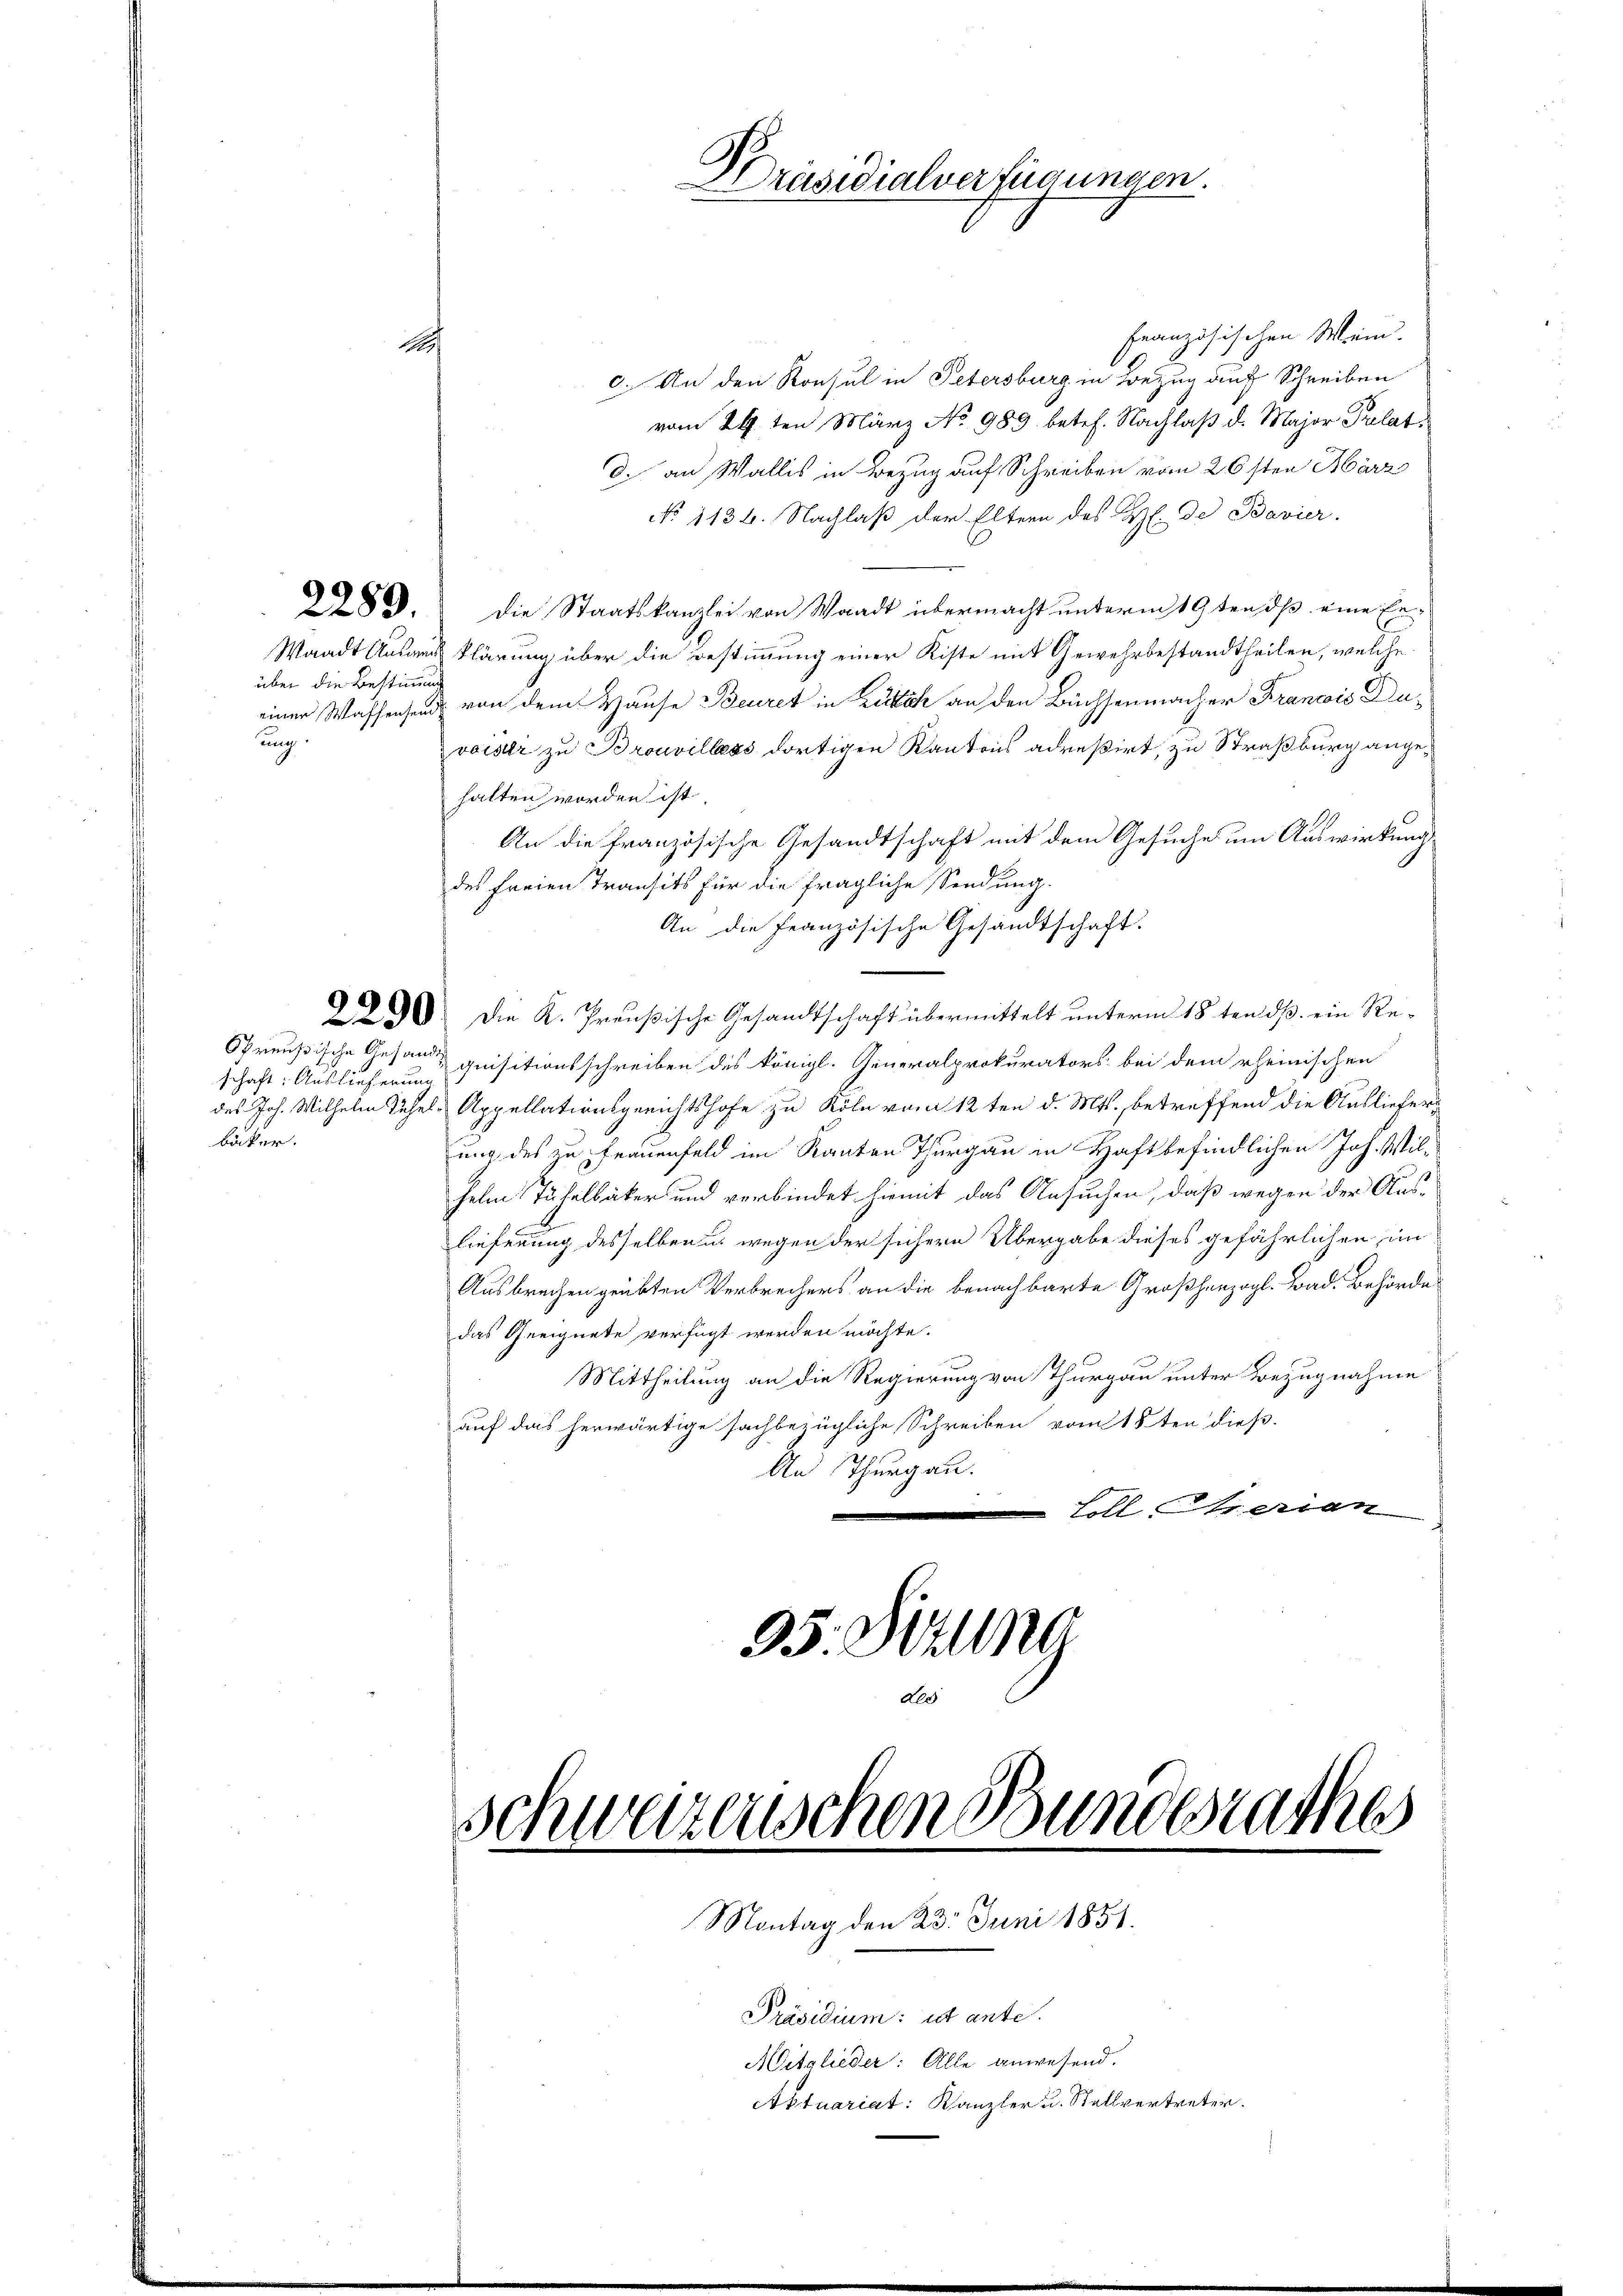
über die Bestimmung
ung.

Französischen Wien.
1
c. An den Konsul in Petersburg in Bezug auf Schreiben
vom 29ten März No 989 betr. Nachlaß d. Major Palat.
d. an Wallis in Bezug auf Schreiben vom 26sten März
No 1136. Nachlaß der Eltern des H. de Bavier.
88. " die Staatskanzlei von Waadt übermacht ŭnterm 19ten dβ eine Er-
Waadt Ausars klärung über die Bestimmung einer Kiste mit Gewehrbestandtheilen, welche
einen Wassensend von dem Hause Beuret in Zürich an den Büchsenmacher Francois Duvaiser zu Brouvillers dortigen Kantons adreßirt, zu Straßburg angehalten worden ist.
An die französische Gesandtschaft mit dem Gesuche um Auswirkung
des freien Transits für die fragliche Sendung.
An die Französische Gesandtschaft.
890: Die K. Preußische Gesandtschaft übermittelt unterm 18 ten ds ein Re¬
Spreußische Gesandte quisitionsschreiben des königl. Generalprokurators bei dem rheinischen
des Joh. Wilhelm Tühel, Appellationsgerichtshofe zu Köln vom 12ten d. Mts. betreffend die Auslieferung des zu Frauenfeld im Kanton Thurgau in Haftbefindlichen Joh. Wilhelm Tühelbäcker und verbindet hiemit das Ansuchen, daß wegen der Aus-
lieferung desselben u. wegen der sichern Übergabe dieses gefährlichen im
Ausbrechen geübten Verbrechers an die benachbarte Großherzogl. Bad. Behörde
das Geeignete verfügt werden möchte.
Mittheilung an die Regierung von Thurgau unter Bezugnahme
auf das herwärtige sachbezügliche Schreiben vom 18ten dieß.
An Thurgau.
Loll Serian
35. Sellna

schaft: Auslieferung
bäcker.

B
Präsidialverfügungen.

Schweizerischen Bundesrathes
Montag den 23. Juni 1851.

Präsidium: et ante.
Mitglieder: Alle anwesend.
Aktuariat: Kanzler u. Stellvertreter.